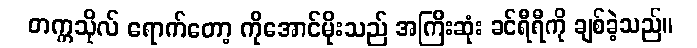
တက္ကသိုလ် ရောက်တော့ ကိုအောင်မိုးသည် အကြီးဆုံး ခင်ရီရီကို ချစ်ခဲ့သည်။